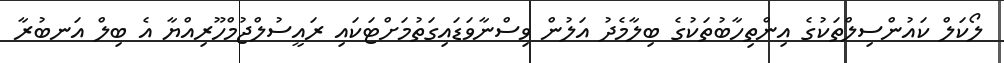
ލޯކަލް ކައުންސިލްތަކުގެ އިންތިހާބުތަކުގެ ބިލާމެދު އަލުން ވިސްނާވަޑައިގަތުމަށްޓަކައި ރައީސުލްޖުމްހޫރިއްޔާ އެ ބިލް އަނބުރާ